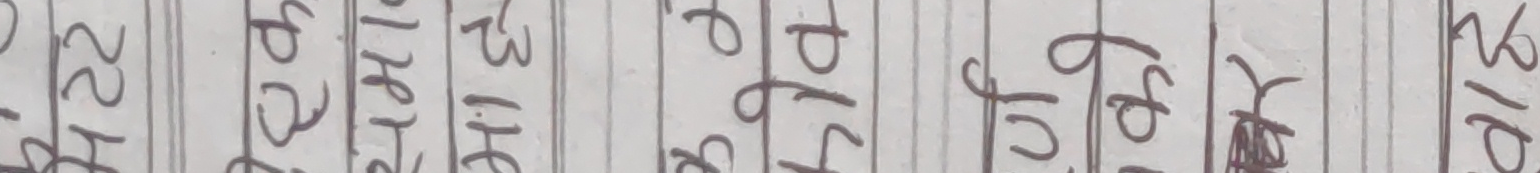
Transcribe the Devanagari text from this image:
२२ हे ७९ १० ११ १३ १४ १५ १६ १७ १८ १९